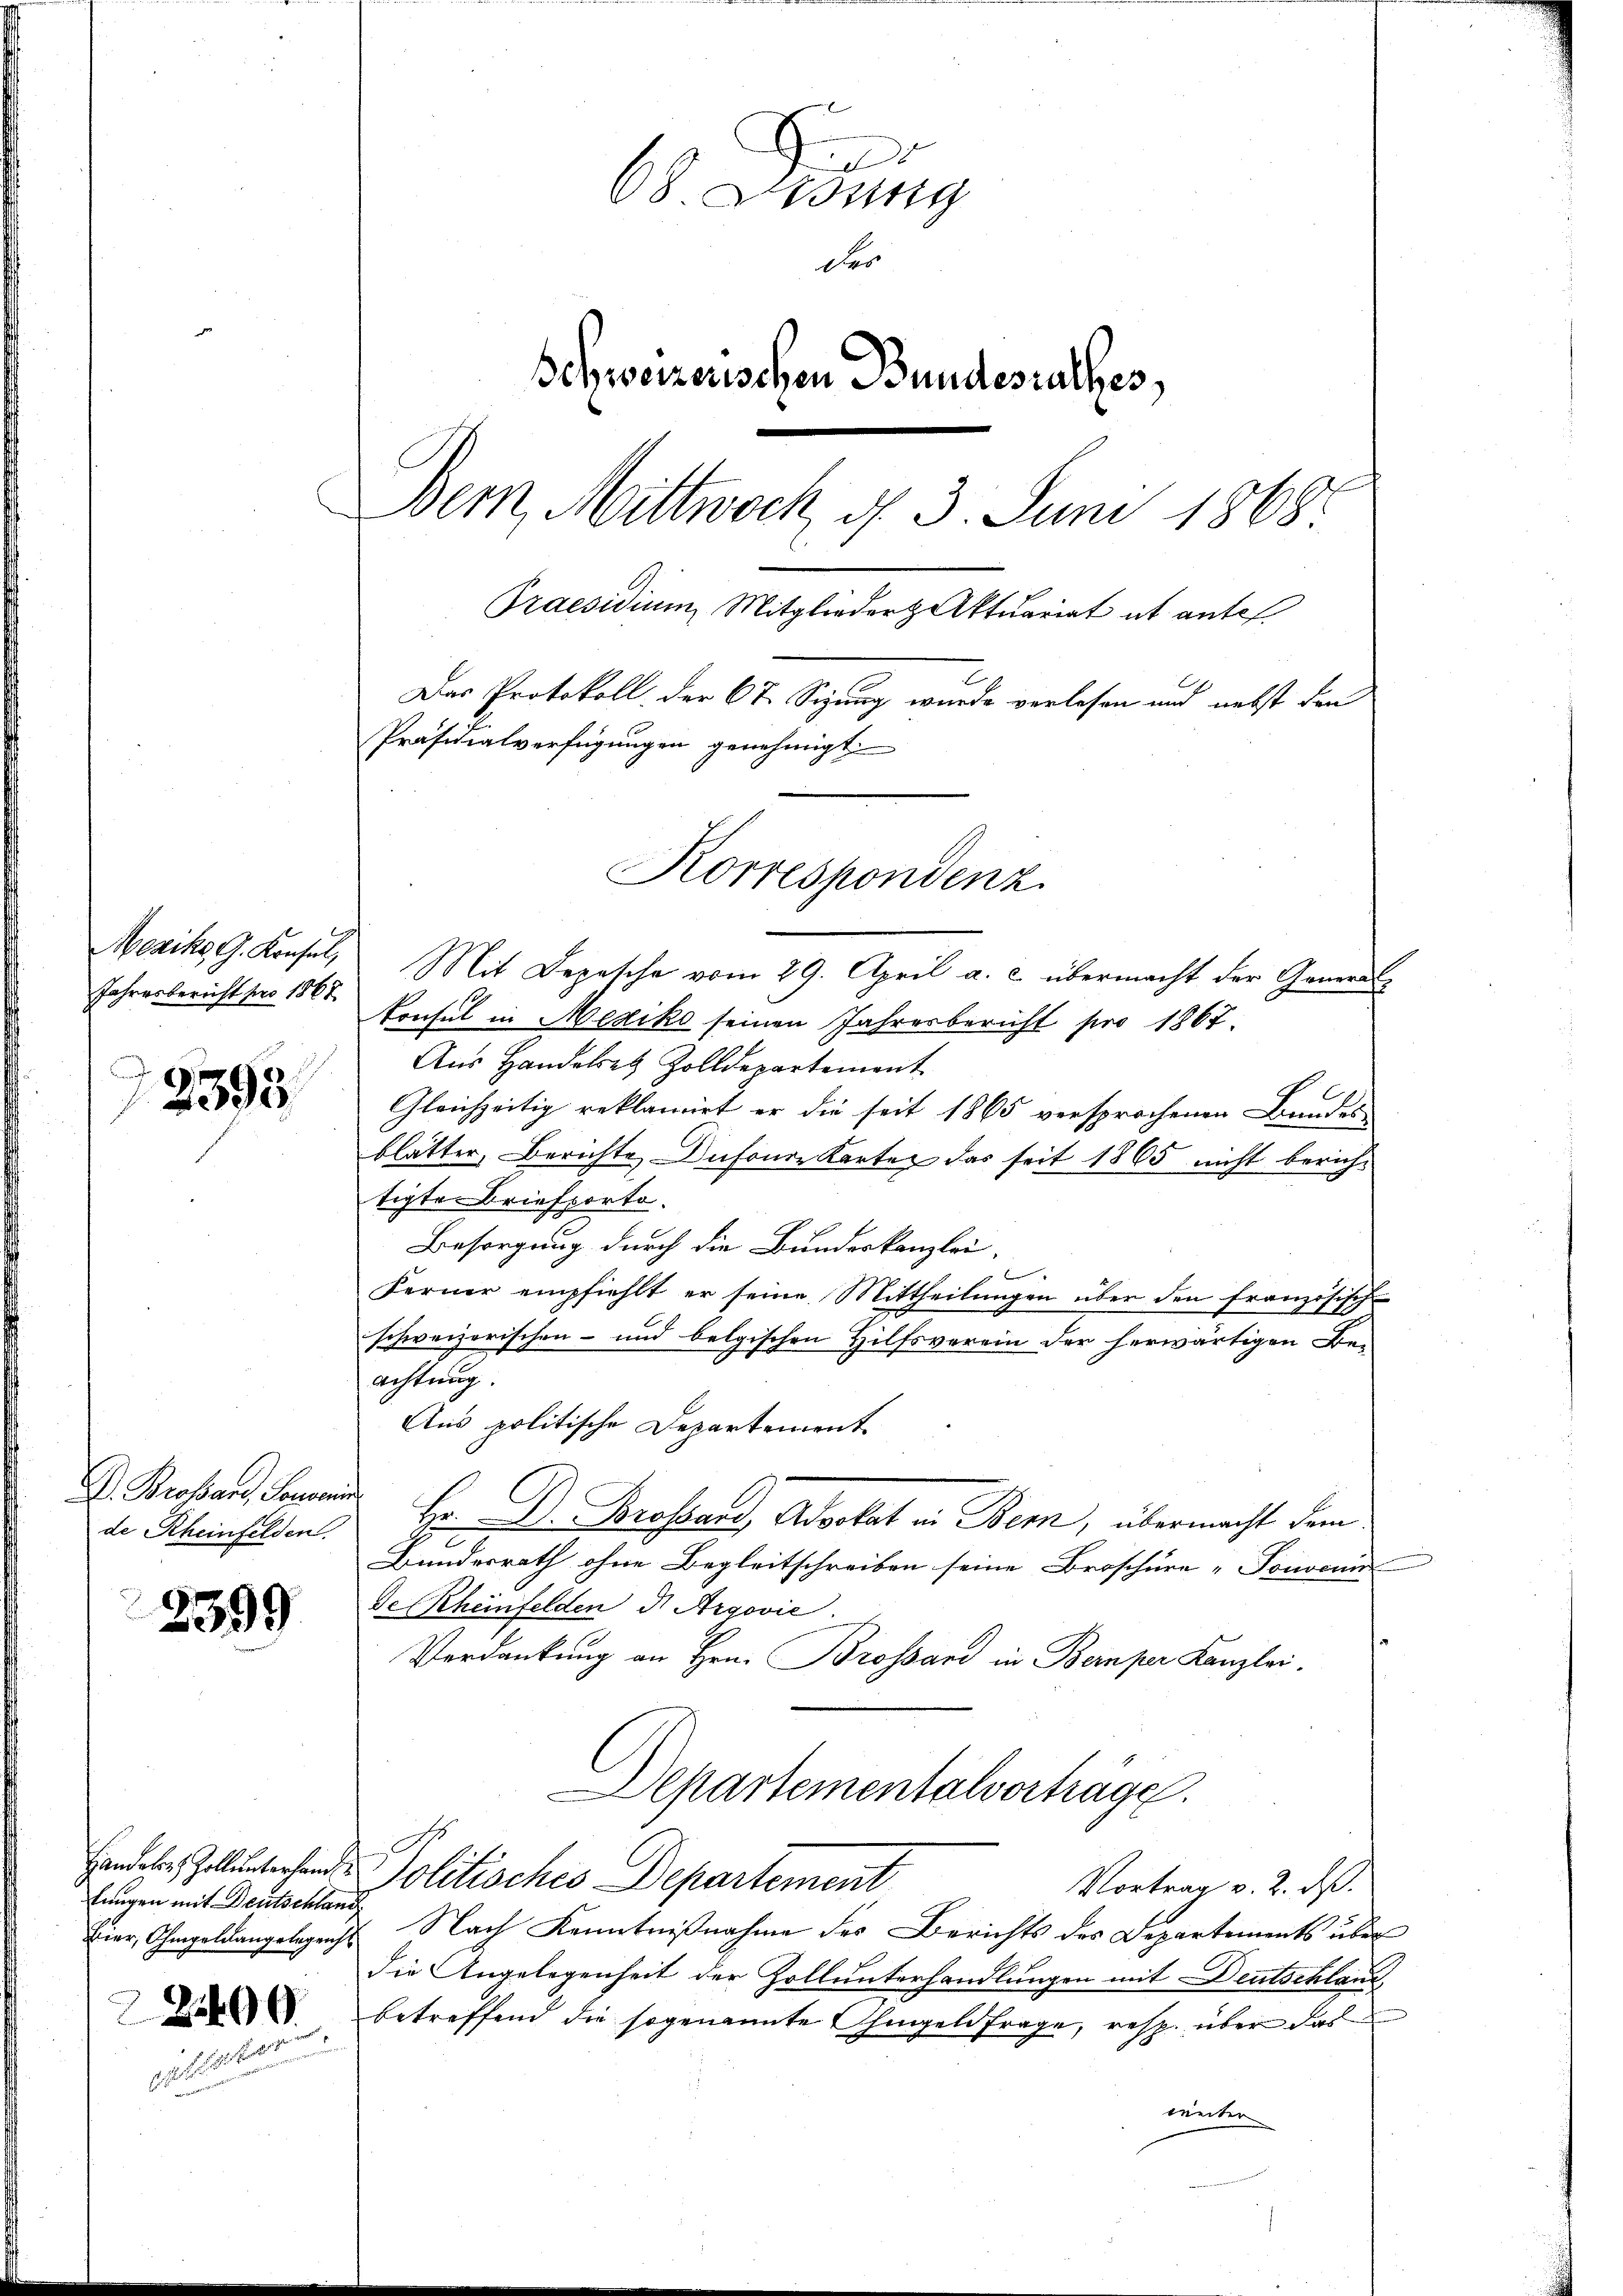
Mexiko G. Konsul,
Jahresbericht pro 1867

2395.

D. Brossari, Sonorir
de Rheinfelden.

2599

Handeln, Zoll unterhand
lungen mit Deutschland
Bier, Ohmgeldangelegericht

2400.

d
68. Lesung
der
Schweizerischen Bundesrathes,
Bem, Mittwoch, d. 3 Juni 1868.
Praesidium Mitglieder Aktuariat ab antes
Das Protokoll, der 6t Sizung wurde verlesen und nebst den
Präsidialverfügungen genehmigt.
Korrespondenz

Mit Depesche vom 29. April a. c. übermacht der Generdi¬
Erusel in Mediko seinen Jahresbericht pro 1867.
Aus Handersetz Zolldepartement
Gleichzeitig reklamirt er die seit 1865 versprochenen Bundes
blätter, Berichte Dufoure Karter das seit 1865 nicht berichtigte Briefporto.
Besorgung durch die Bundeskanzlei

Ferner empfiehlt er seine Mittheilungen über den französische
schweizerischen- und belgischen Hilfsverein der herwärtigen Beachtung.
Aus politische Departement
Hr Dr. Brossard, Advokat in Bern, übermacht dem
Bundesrath ohne Begleitschreiben seine Broschüre "Tonocun
de Rheinfelden d. Argović.
Verdankung an Hrn. Brossard in Bern per Kanzlei.
Departementalverträge.
Politisches Departement
Vortrag v. 2. ds.
Nach Kenntnißnahme des Berichts des Departements über
die Angelegenheit der Zoll unterhandlungen mit Deutschland,
betreffend die sogenannte hingeldfrage, resp. über das
weiter